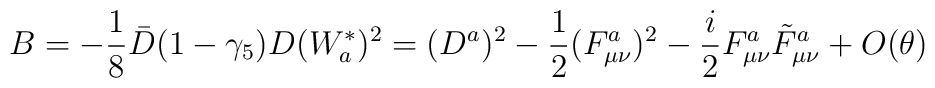
B = -\frac{1}{8} \bar D (1-\gamma_5) D (W_a^{*})^2= (D^a)^2 -\frac{1}{2}(F_{\mu\nu}^a)^2-\frac{i}{2} F_{\mu\nu}^a \tilde F_{\mu\nu}^a + O(\theta)